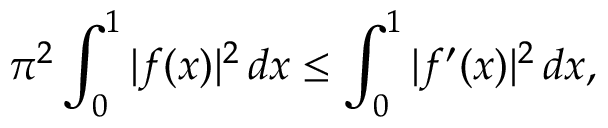
\pi ^ { 2 } \int _ { 0 } ^ { 1 } | f ( x ) | ^ { 2 } \, d x \leq \int _ { 0 } ^ { 1 } | f ^ { \prime } ( x ) | ^ { 2 } \, d x ,